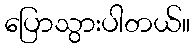
ပြောသွားပါတယ်။